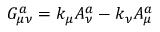
G _ { \mu \nu } ^ { a } = k _ { \mu } A _ { \nu } ^ { a } - k _ { \nu } A _ { \mu } ^ { a }